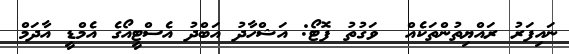
ނައިފަރު ރައްޔިތުންތަކެއް  ވަގުތު ފޮޓޯ: އަޝްހާދު އަބްދު އެސްޓީއޯގެ އެމްޑީ އާދަމް